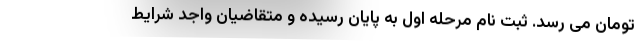
تومان می رسد. ثبت نام مرحله اول به پایان رسیده و متقاضیان واجد شرایط